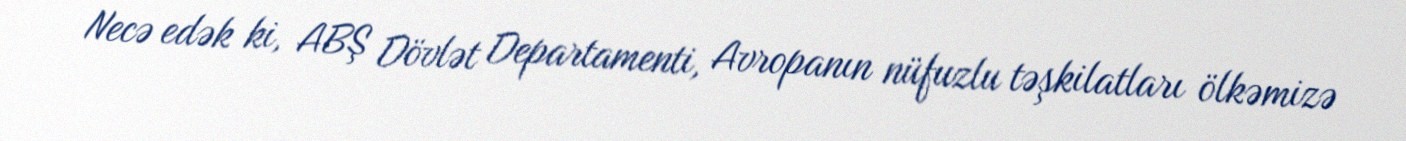
Necə edək ki, ABŞ Dövlət Departamenti, Avropanın nüfuzlu təşkilatları ölkəmizə